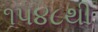
૧૫૪૮થી